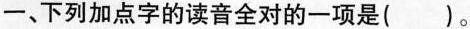
一、下列加点字的读音全对的一项是()。